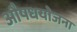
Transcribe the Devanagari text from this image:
औषधयोजना